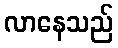
လာနေသည်